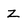
Character: Z